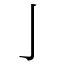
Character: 亅